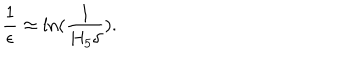
\frac { 1 } { \epsilon } \approx \ln ( \frac { 1 } { H _ { 5 } \delta } ) .